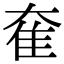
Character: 奞